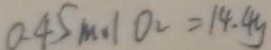
0 . 4 5 m . / O 2 = 1 4 . 4 y